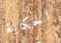
الحكاية